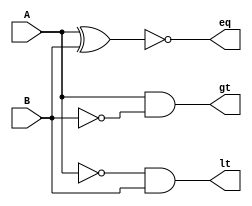
module cmp_1b (gt, eq, lt, A, B);

  output wire gt, eq, lt;
  input wire A, B;

  wire _A, _B;

  not not_A (_A, A);
  not not_B (_B, B);

  and and_gt (gt, A, _B);
  and and_lt (lt, _A, B);
  xnor xnor_eq (eq, A, B);

endmodule